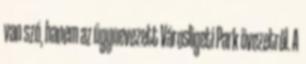
van szó, hanem az úgynevezett Városligeti Park övezetről. A